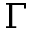
\Gamma